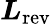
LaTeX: \boldsymbol{L}_{\mathrm{rev}}